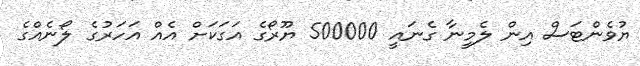
ޔުވެންޓަސް އިން ލެމީނާ ގެނައީ 500000 ޔޫރޯގެ އަގަކަށް އެއް އަހަރުގެ ލޯނެއްގެ